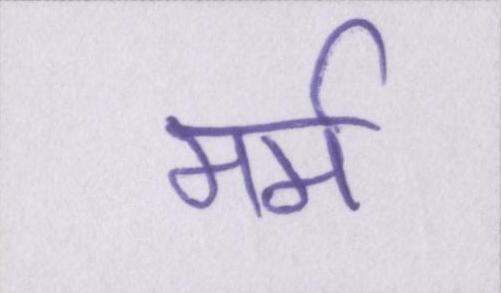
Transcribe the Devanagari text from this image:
मर्म